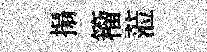
搨籕蒞